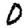
Digit: 0